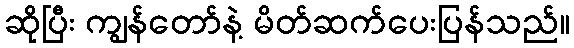
ဆိုပြီး ကျွန်တော်နဲ့ မိတ်ဆက်ပေးပြန်သည်။